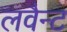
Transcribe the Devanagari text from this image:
लवैन्ट